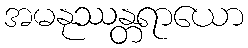
အမနုဿန္တရာယော